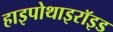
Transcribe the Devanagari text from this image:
हाइपोथाइरॉइड